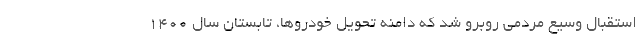
استقبال وسیع مردمی روبرو شد که دامنه تحویل خودروها، تابستان سال 1400